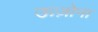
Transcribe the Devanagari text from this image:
ऊज़ोना